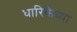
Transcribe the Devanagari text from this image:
धारिकेच्या